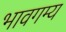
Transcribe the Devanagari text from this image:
भावगम्य